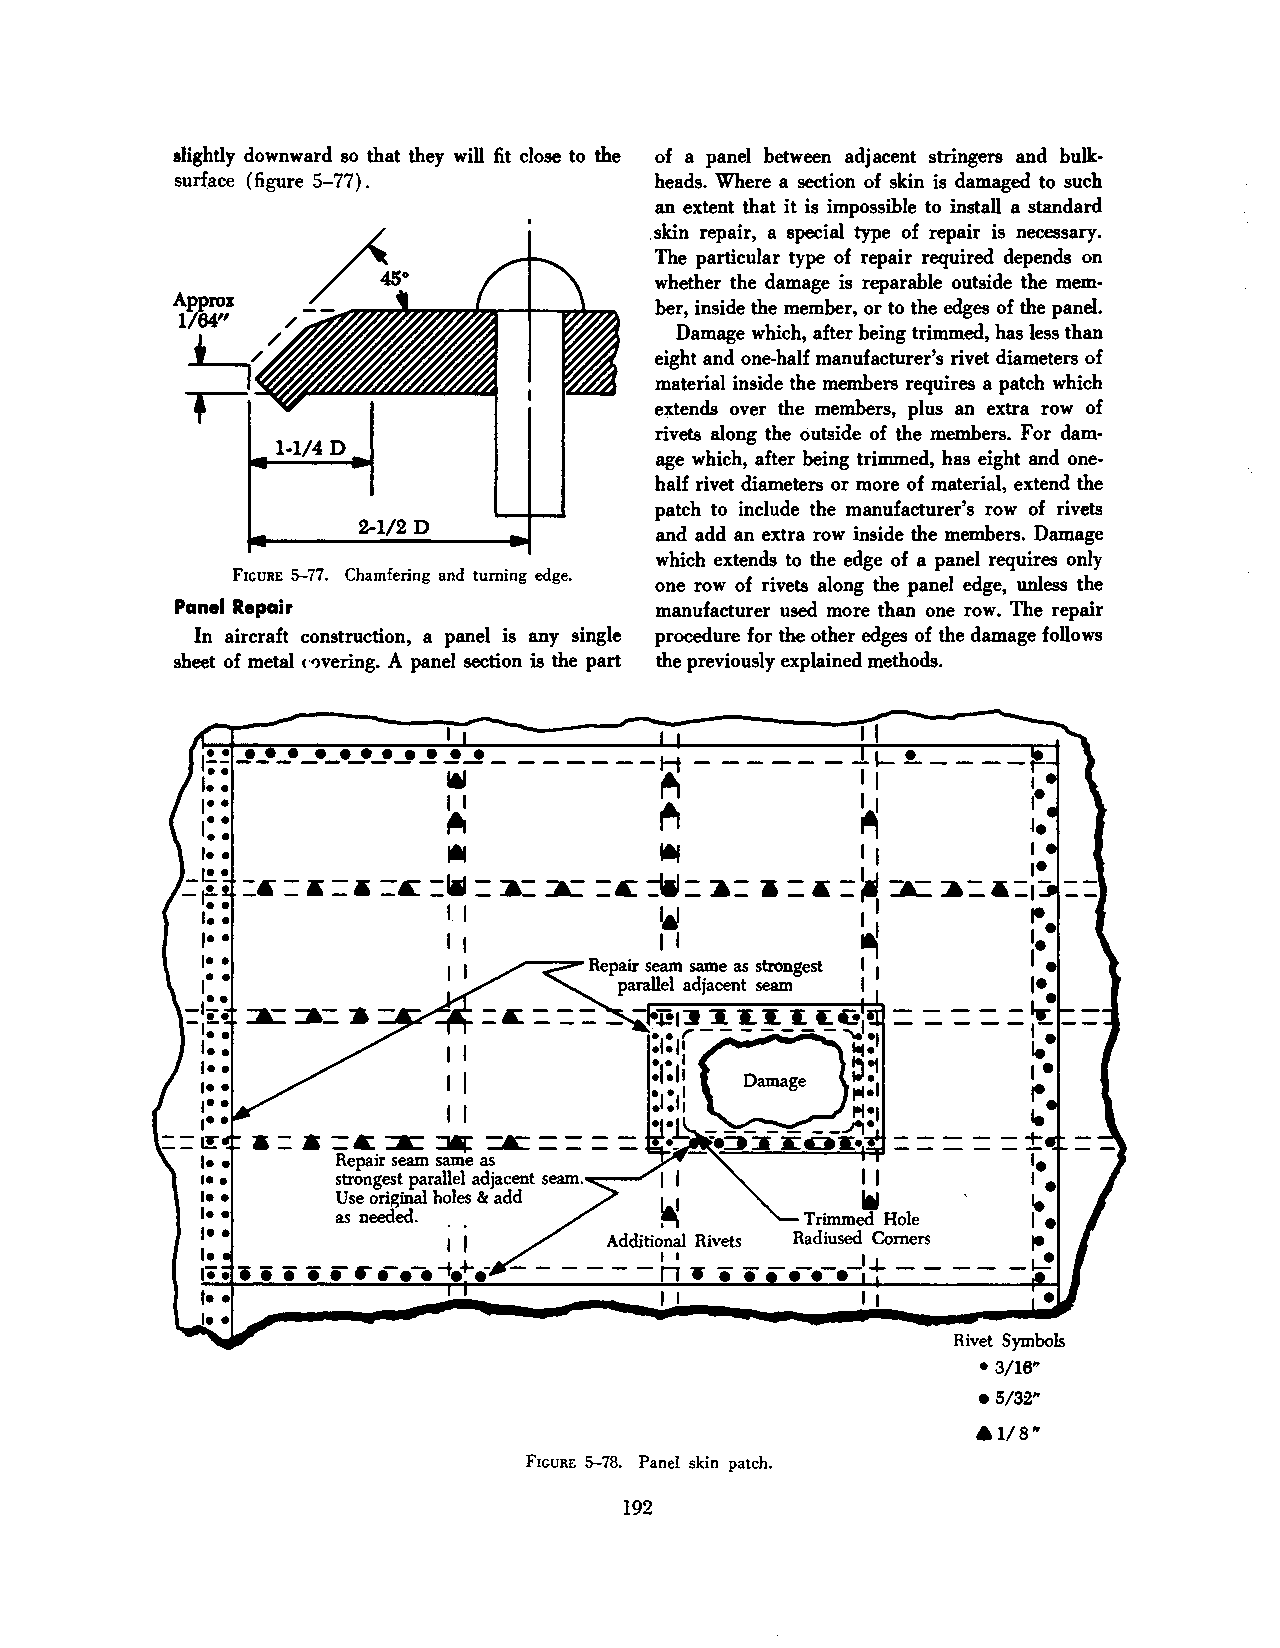
slightly downward so that they will fit close to the of a panel between adjacent stringers and bulk·
 surface (figure 5-77).          heads. Where a section of skin is damaged to such
 an extent that it is impossible to install a standard
 .skin repair, a special type of repair is necessary.
 The particular type of repair required depends on
 whether the damage is reparable outside the mem
 ber, inside the member, or to the edges of the panel.
 Damage which, after being trimmed, has less than
 eight and one-half manufacturer's rivet diameters of
 material inside the members requires a patch which
 extends over the members, plus an extra row of
 rivets along the outside of the members. For dam·
 age which, after being trimmed, has eight and one·
 half rivet diameters or more of material, extend the
 patch to include the manufacturer's row of rivets
 2-1/2 D
 and add an extra row inside the members. Damage
 which extends to the edge of a panel requires only
 FIGURE 5-77. Chamfering and turning edge. one row of rivets along the panel edge, unless the
 Panel Repair                    manufacturer used more than one row. The repair
 In aircraft construction, a panel is any single procedure for the other edges of the damage follows
 sheet of metal t·'lvering. A panel section is the part the previously explained methods.
 ------H
 11!:.:~ ~-·-·-·-·-·-·_,~ ~~-
 161
 ~
 1• •            I I
 I• •            ,..           ~
 ••
 I• •            !AI           IAI
 -1i-: - - - .. - _,_. -
 ~   ~     ~     ""a- --:..- - lr" ....J-1- ..,... -
 -r1-:: ------ --- --------- --- -•- .. _
 II            ~
 I• •            I 1           I I
 ~·              I I
 I• •
 --1.~•;·•.
 I ••
 I• •
 = ..         :=A::====
 &    =~:a:~
 Repair seam same as
 strongest parallel adjacent seam.---' I I
 Use original holes & add           Ill
 as needed.                     Trimmed Hole
 Additional Rivets Radiused Comers
 - - - - nI I ... • • - .-.-.-I + - -
 I I          I 1
 Rivet Symbols
 • 3/16"
 • 5/32"
 Al/8"
 FIGURE 5-78. Panel skin patch.
 192